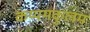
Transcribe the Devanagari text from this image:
कय्यमकुलम